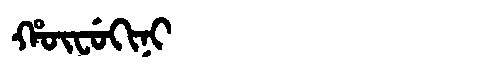
Manchu: ᡥᡡᠸᡠᡴᡳᠨᡳ
Romanization: HŪFUKINI